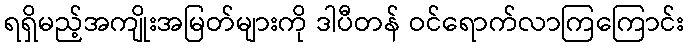
ရရှိမည့်အကျိုးအမြတ်များကို ဒါပီတန် ဝင်ရောက်လာကြကြောင်း